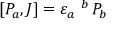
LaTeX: [ P _ { a } , J ] = \varepsilon _ { a } \; ^ { b } \, P _ { b }